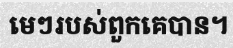
មេៗរបស់ពួកគេបាន។